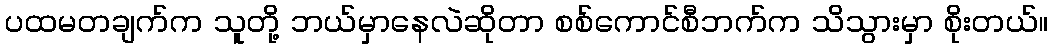
ပထမတချက်က သူတို့ ဘယ်မှာနေလဲဆိုတာ စစ်ကောင်စီဘက်က သိသွားမှာ စိုးတယ်။